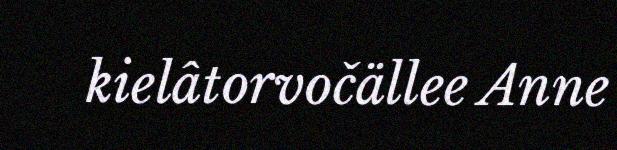
kielâtorvočällee Anne